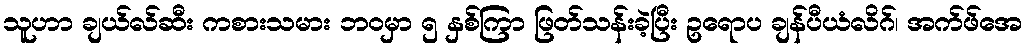
သူဟာ ချယ်လ်ဆီး ကစားသမား ဘဝမှာ ၅ နှစ်ကြာ ဖြတ်သန်းခဲ့ပြီး ဥရောပ ချန်ပီယံလိဂ်၊ အက်ဖ်အေ